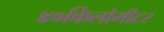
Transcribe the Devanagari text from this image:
४०किलोमीटर